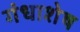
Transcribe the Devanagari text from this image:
गंधाशेष